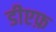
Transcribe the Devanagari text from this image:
डीएफ़